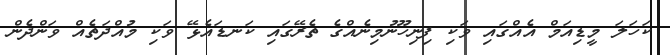
ކަހަލަ މީޑިއަމް އެއްގައި ވަކި ފިނިހޫނުމިނެއްގެ ތެރޭގައި ކަނޑައެޅޭ ވަކި މުއްދަތެއް ވަންދެން